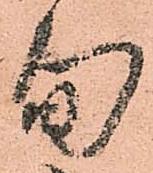
旬